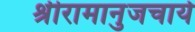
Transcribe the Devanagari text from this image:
श्रीरामानुजचार्य